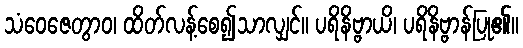
သံဝေဇေတွာဝ၊ ထိတ်လန့်စေ၍သာလျှင်။ ပရိနိဗ္ဗာယိ၊ ပရိနိဗ္ဗာန်ပြု၏။